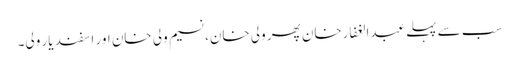
سب سے پہلے عبدالغفارخان پھر ولی خان، نسیم ولی خان اور اسفند یار ولی۔